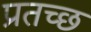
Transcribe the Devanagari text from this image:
प्रतच्छ